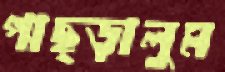
পাছ্‌ড়ালুম